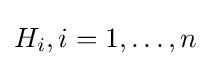
H_{i},i=1,\dotsc ,n